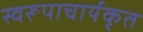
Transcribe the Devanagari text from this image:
स्वरूपाचार्यकृत